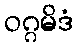
ဝဂ္ဂမိဒံ